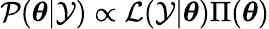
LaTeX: \mathcal{P}(\boldsymbol{\theta}|\mathcal{Y})\propto\mathcal{L}(\mathcal{Y}|\mathbf{\boldsymbol{\theta}})\Pi(\boldsymbol{\theta})